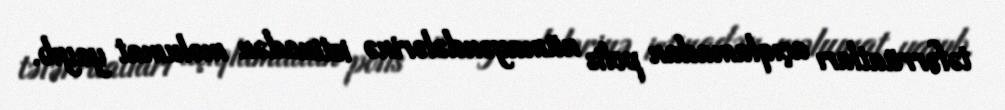
təfərrüatları açıqlamadan polis nümayəndələrinə istinadən məlumat yayıb.